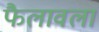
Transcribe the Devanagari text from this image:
फैलावला